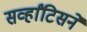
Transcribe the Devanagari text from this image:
सर्व्हांटिसने